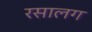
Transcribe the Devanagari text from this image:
रसालग